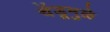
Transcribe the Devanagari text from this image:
चेंडूमुळे